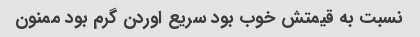
نسبت به قیمتش خوب بود سریع اوردن گرم بود ممنون